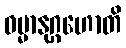
ဓမ္မာနုဂ္ဂဟောတိ